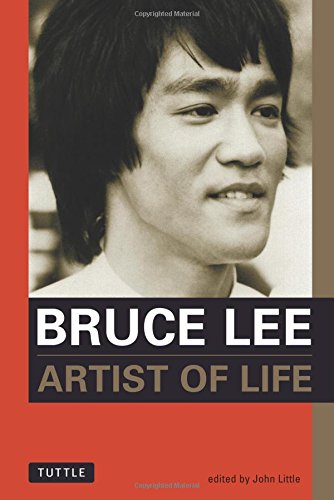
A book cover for Bruce Lee: Artist of Life (Bruce Lee Library); Bruce Lee; Biographies & Memoirs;